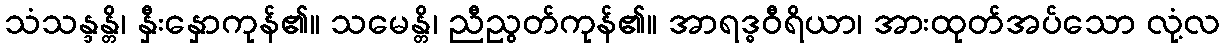
သံသန္ဒန္တိ၊ နှီးနှောကုန်၏။ သမေန္တိ၊ ညီညွတ်ကုန်၏။ အာရဒ္ဓဝီရိယာ၊ အားထုတ်အပ်သော လုံ့လ